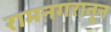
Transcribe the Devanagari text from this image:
रामनगरातून